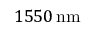
1 5 5 0 \, \mathrm { n m }